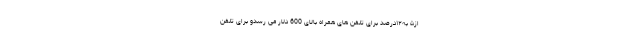
از۵ به۱۲درصد برای تلفن های همراه بالای 600 دلار می رسدو برای تلفن